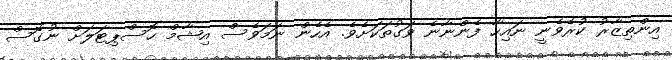
އިންތިޒާރު ކުރެވެނީ ނައިހާ ފެންނާނެ ވަގުތަކަށެވެ. އެހެން ނަމަވެސް އިޝާމް ހޮސްޕިޓަލަށް ނުގޮސް